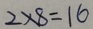
2 \times 8 = 1 6